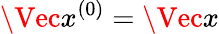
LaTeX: \Vec{x}^{(0)}=\Vec{x}